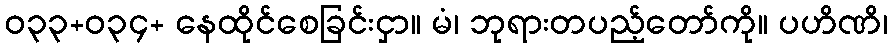
ဝ၃၃+ဝ၃၄+ နေထိုင်စေခြင်းငှာ။ မံ၊ ဘုရားတပည့်တော်ကို။ ပဟိဏိ၊